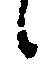
候